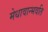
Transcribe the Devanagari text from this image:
मेधावान्भवति